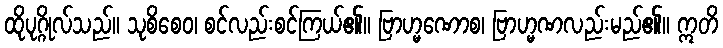
ထိုပုဂ္ဂိုလ်သည်။ သုစိစေဝ၊ စင်လည်းစင်ကြယ်၏။ ဗြာဟ္မဏောစ၊ ဗြာဟ္မဏလည်းမည်၏။ ဣတိ